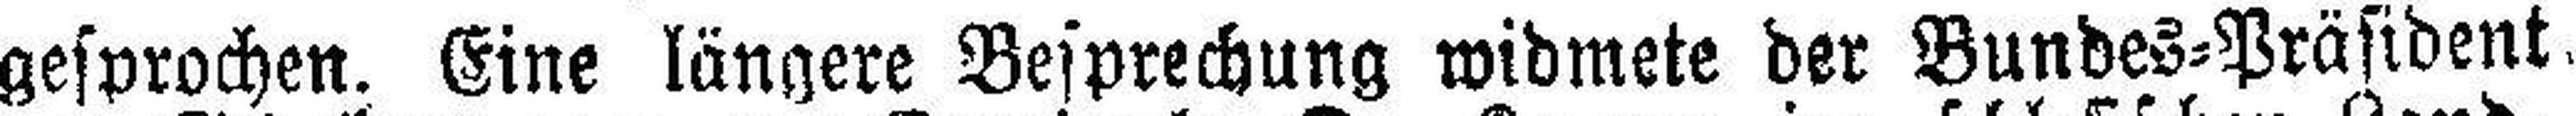
gesprochen. Eine längere Besprechung widmete der Bundes=Präsident.